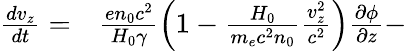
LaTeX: \begin{array}{rl}{\frac{dv_{z}}{dt}=}&{{}\frac{en_{0}c^{2}}{H_{0}\gamma}\left(1-\frac{H_{0}}{m_{e}c^{2}n_{0}}\frac{v_{z}^{2}}{c^{2}}\right)\frac{\partial\phi}{\partial z}-}\end{array}